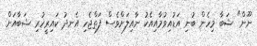
ނޫން" ޝަބާ މިހެން ބުނި އަޑުއިވުމާއިއެކު ނާއިލަށްވެސް ފަތްޖެހި އެނދު ކައިރީހުރި ޝަބާއަށް